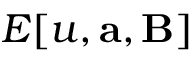
E [ u , \mathbf { a } , \mathbf { B } ]